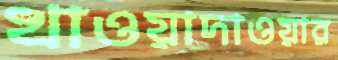
খাওয়াদাওয়ার